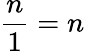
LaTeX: {\frac{n}{1}}=n